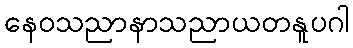
နေဝသညာနာသညာယတနူပဂါ